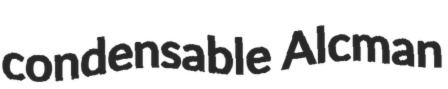
condensable Alcman